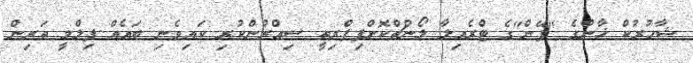
ޝާހުރުކް ޚާންގެ "ފޭން"ގެ ޓްރެއިލާ ލޯންޗްކޮށްފިޕްރިތީ ސިއްރުންކުރި ކައިވެނި ބައެއް ފިލްމީ ތަރިން